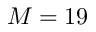
M = 1 9